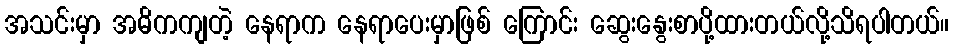
အသင်းမှာ အဓိကကျတဲ့ နေရာက နေရာပေးမှာဖြစ် ကြောင်း ဆွေးနွေးစာပို့ထားတယ်လို့သိရပါတယ်။